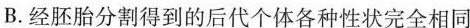
B.经胚胎分割得到的后代个体各种性状完全相同